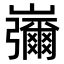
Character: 𡾱